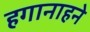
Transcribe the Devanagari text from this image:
हगानाहने